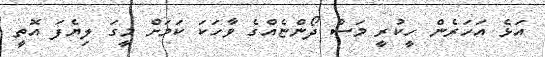
އަޅެ އަހަރެން ހީކުރީ މަސް ދޯންޏެއްގެ ވާހަކަ ކަމަށް މީގަ ލިޔެފަ އޮތީ